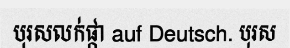
បុរសលក់ផ្កា auf Deutsch. បុរស